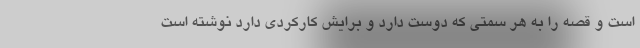
است و قصه را به هر سمتی که دوست دارد و برایش کارکردی دارد نوشته است